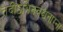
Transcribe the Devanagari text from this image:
तदीऽभिनवश्चनाम्ना